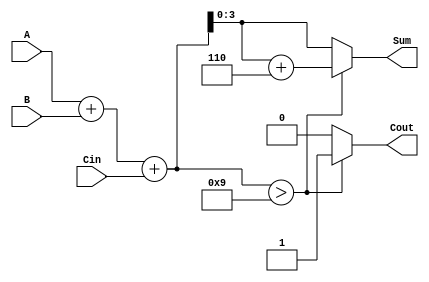
module BCD_Fast_Adder (
    input  wire [3:0] A,     // First BCD digit
    input  wire [3:0] B,     // Second BCD digit
    input  wire Cin,         // Carry input
    output reg  [3:0] Sum,   // BCD Sum output
    output reg  Cout         // Carry output
);

    // Internal wire for the binary sum
    wire [4:0] S; // 5-bit sum to accommodate carry
    wire [4:0] S_corrected;

    // Step 1: Perform binary addition
    assign S = A + B + Cin;

    // Step 2: Check for BCD correction
    always @(*) begin
        if (S > 9) begin
            // Need to correct the result
            Sum = S[3:0] + 4'b0110; // Add 6 in binary
            Cout = 1; // Set carry out
        end else begin
            // No correction needed
            Sum = S[3:0];
            Cout = 0; // No carry out
        end
    end
endmodule